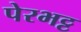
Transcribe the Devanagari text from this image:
पेरभट्ट